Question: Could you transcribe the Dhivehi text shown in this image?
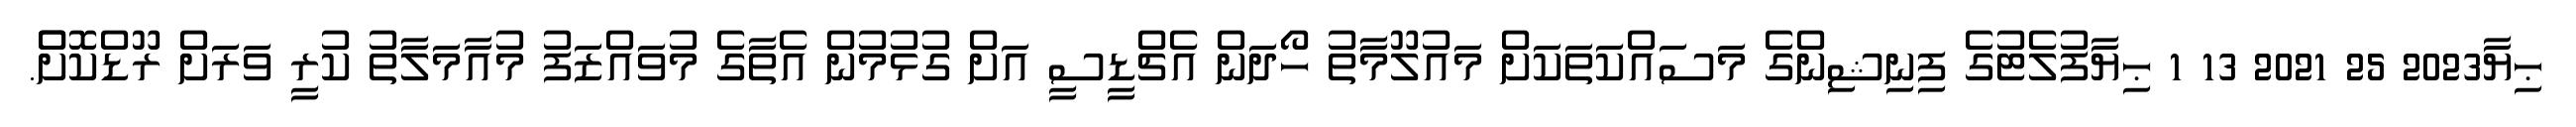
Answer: ޙިޔާ2023 25 2021 13 1 ޙިޔާފުލެޓުގެ ފިނިޝިންގެ މަސައްކަތަކަށް މައުލޫމާތު ހޯދަން އެޗްޑީސީ އަށް ގުޅުމުން އެތާގެ މުވައްޒަފު މުއާމަލާތު ކުރީ ވަރަށް ރޫޑްކޮށްް.